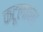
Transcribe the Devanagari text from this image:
कटूलाना